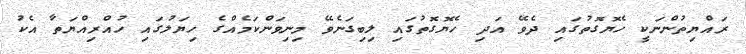
ރައްޔިތުންނަކީ ހެޔޮގޮތުގައި ދެވޭ އަދި ހެޔޮގޮތުގައި ލިބިގަނެވޭ މިނިވަންކަމެއްގެ ހިޔަލުގައި ހުއްރިއްޔަތާ އެކު